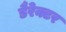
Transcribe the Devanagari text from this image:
डैरेक्टर